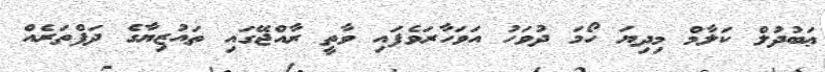
ޢަބުދުލް ކަލާމް މިދިޔަ ހޯމަ ދުވަހު އަވަހާރަވެފައި ވާތީ ރާއްޖޭގައި ތައުޒިޔާގެ ދަފްތަރެއް